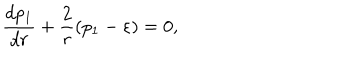
\frac { d p _ { 1 } } { d r } + \frac { 2 } { r } ( p _ { 1 } - \varepsilon ) = 0 ,